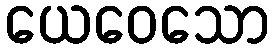
ယေဝေသော